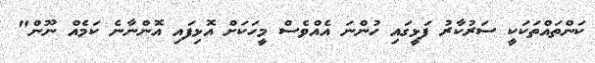
ކަންތައްތަކަކީ ސަރުކާރު ފަޅީގައި ހުންނަ އެއްވެސް މީހަކަށް އޮޅިފައި އޮންނާނެ ކަމެއް ނޫން"